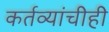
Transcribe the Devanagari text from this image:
कर्तव्यांचीही